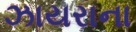
ઝાયરાના